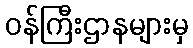
ဝန်ကြီးဌာနများမှ